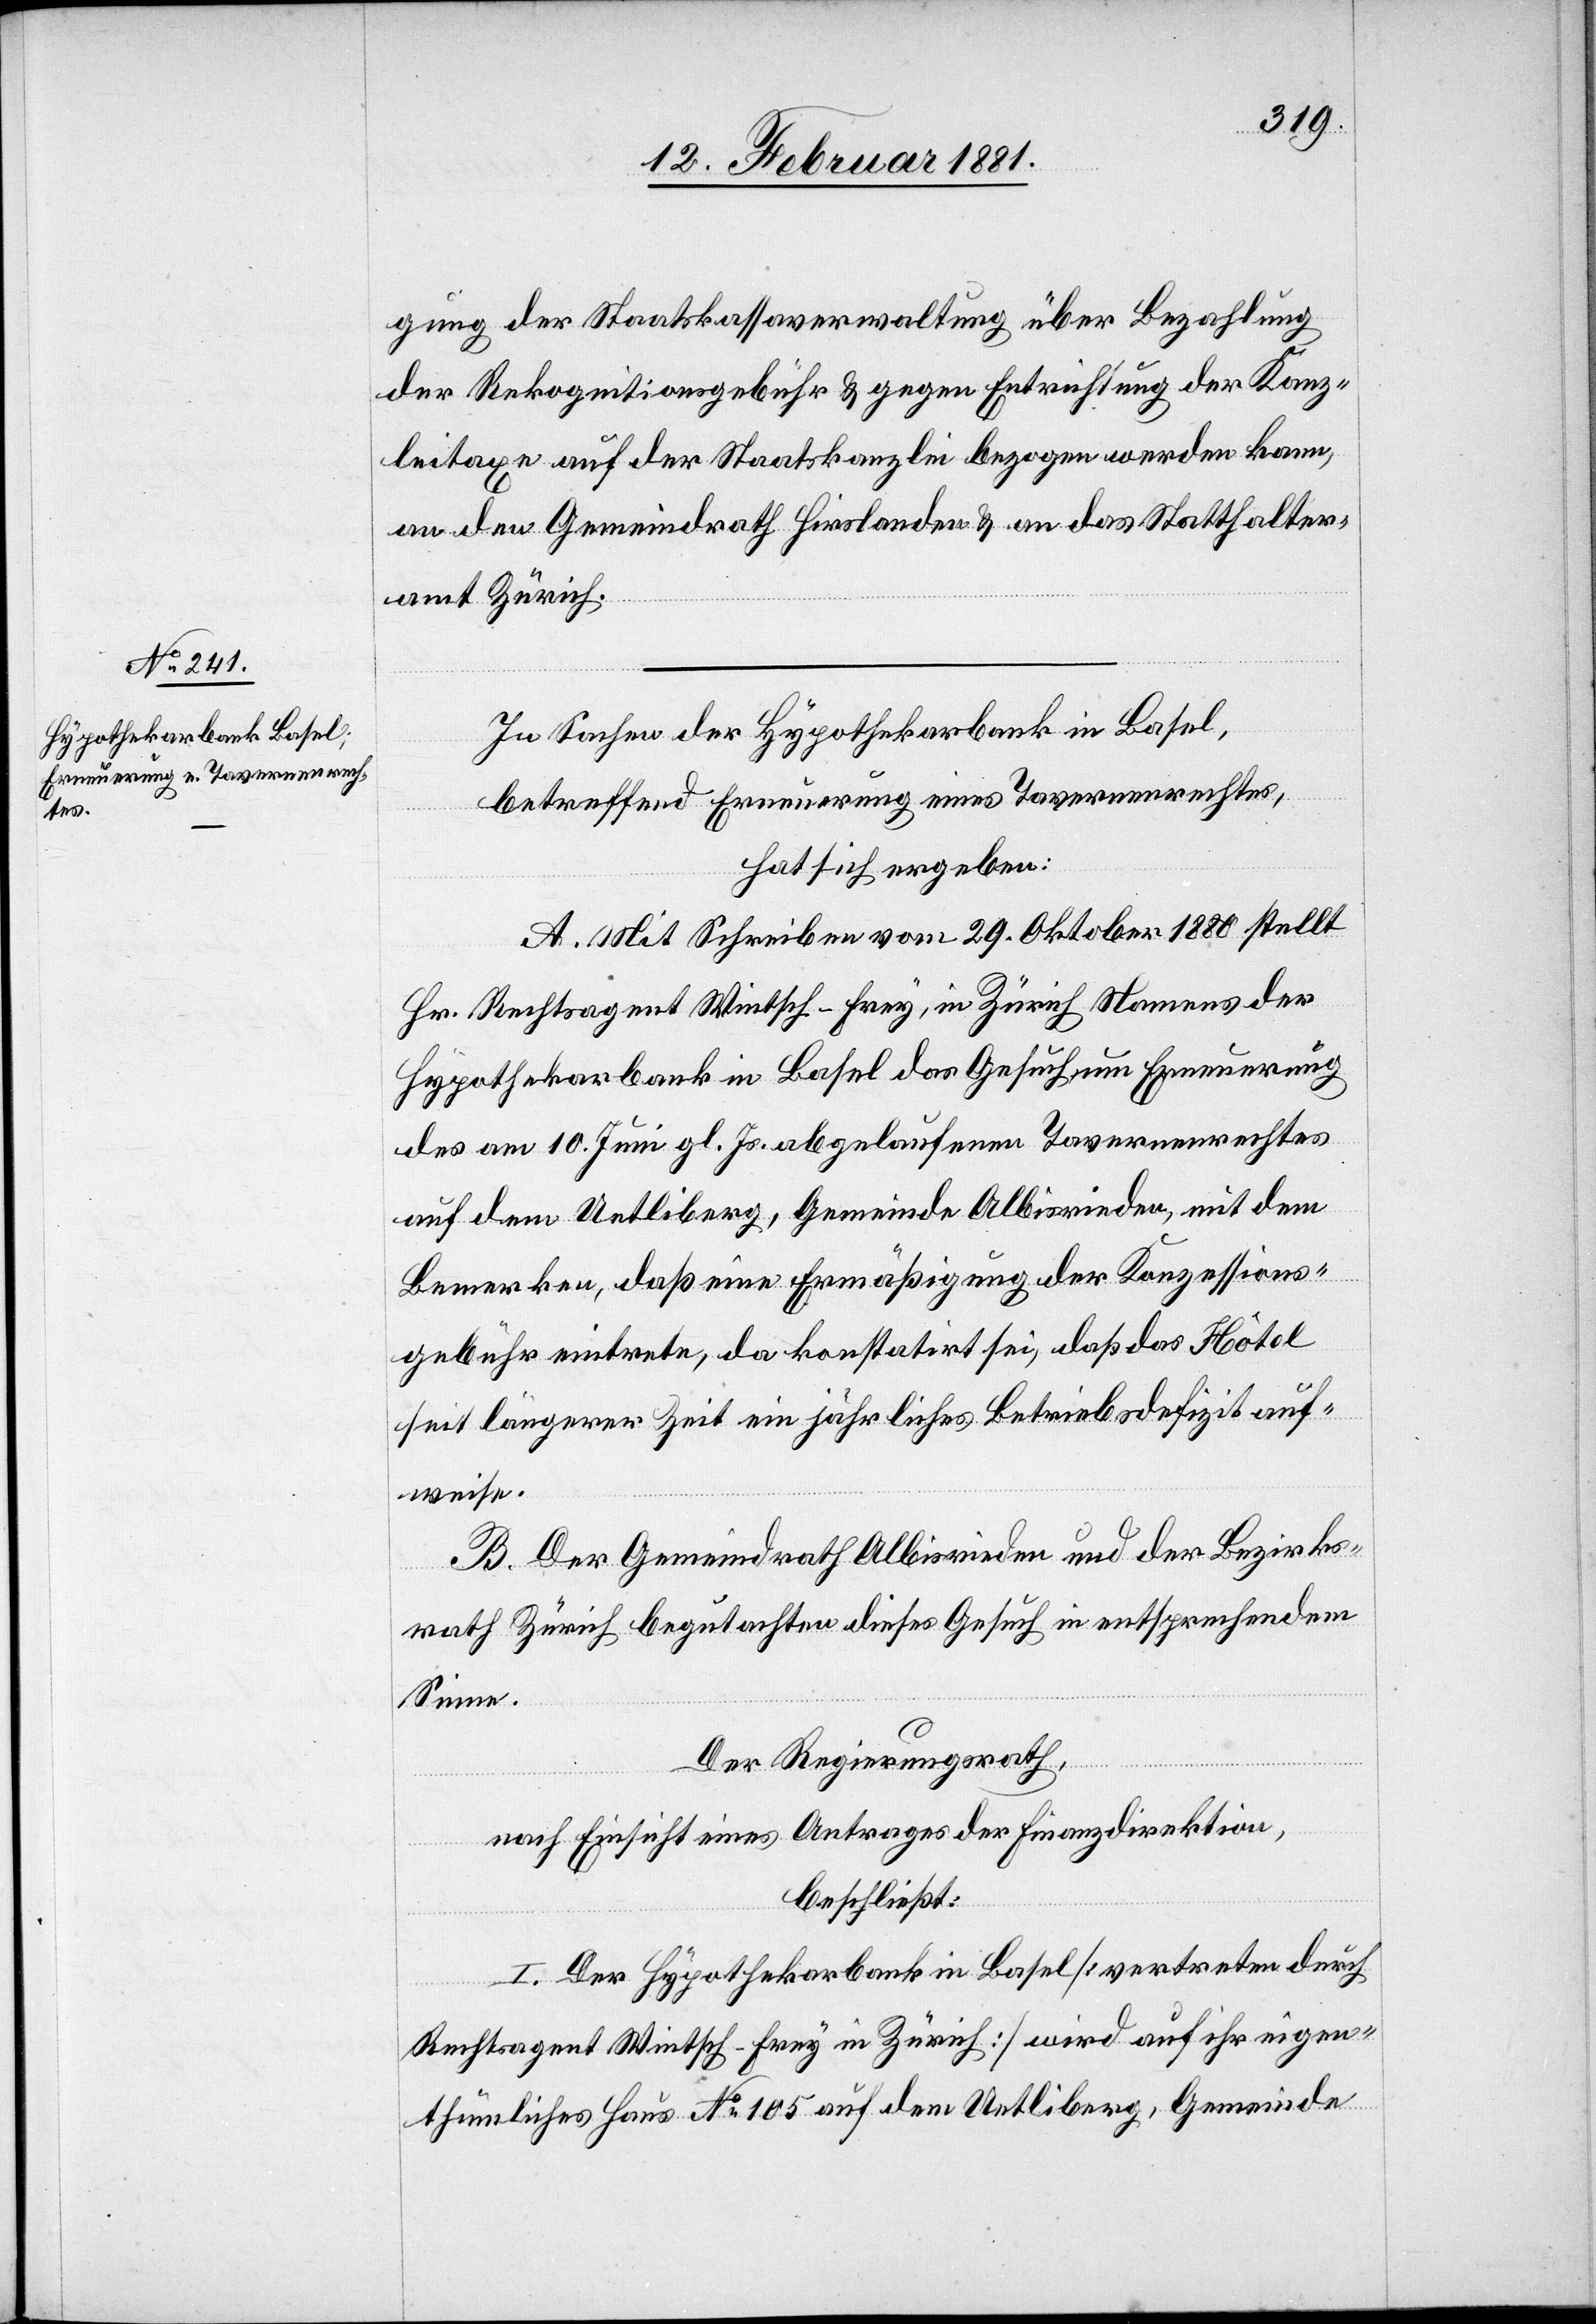
gung der Staatskassaverwaltung über Bezahlung
der Rekognitionsgebühr & gegen Entrichtung der Kanz¬
leitaxe auf der Staatskanzlei bezogen werden kann,
an den Gemeindrath Hirslanden & an das Statthalter¬
amt Zürich.
In Sachen der Hypothekarbank in Basel,
betreffend Erneuerung eines Tavernenrechtes,
hat sich ergeben:
A. Mit Schreiben vom 29. Oktober 1880 stellt
Hr. Rechtsagent Wintsch-Frey, in Zürich Namens der
Hypothekarbank in Basel das Gesuch um Erneuerung
des am 10. Juni gl. Js. abgelaufenen Tavernenrechtes
auf dem Uetliberg, Gemeinde Albisrieden, mit dem
Bemerken, daß eine Ermäßigung der Konzessions¬
gebühr eintrete, da konstatirt sei, daß das Hôtel
seit längerer Zeit ein jährliches Betriebsdefizit auf¬
weise.
B. Der Gemeindrath Albisrieden und der Bezirks¬
rath Zürich begutachten dieses Gesuch in entsprechendem
Sinne.
Der Regierungsrath,
nach Einsicht eines Antrages der Finanzdirektion,
beschließt:
I. Der Hypothekarbank in Basel [vertreten durch
Rechtsagent Wintsch-Frey in Zürich] wird auf ihr eigen¬
thümliches Haus No 105 auf dem Uetliberg, Gemeinde